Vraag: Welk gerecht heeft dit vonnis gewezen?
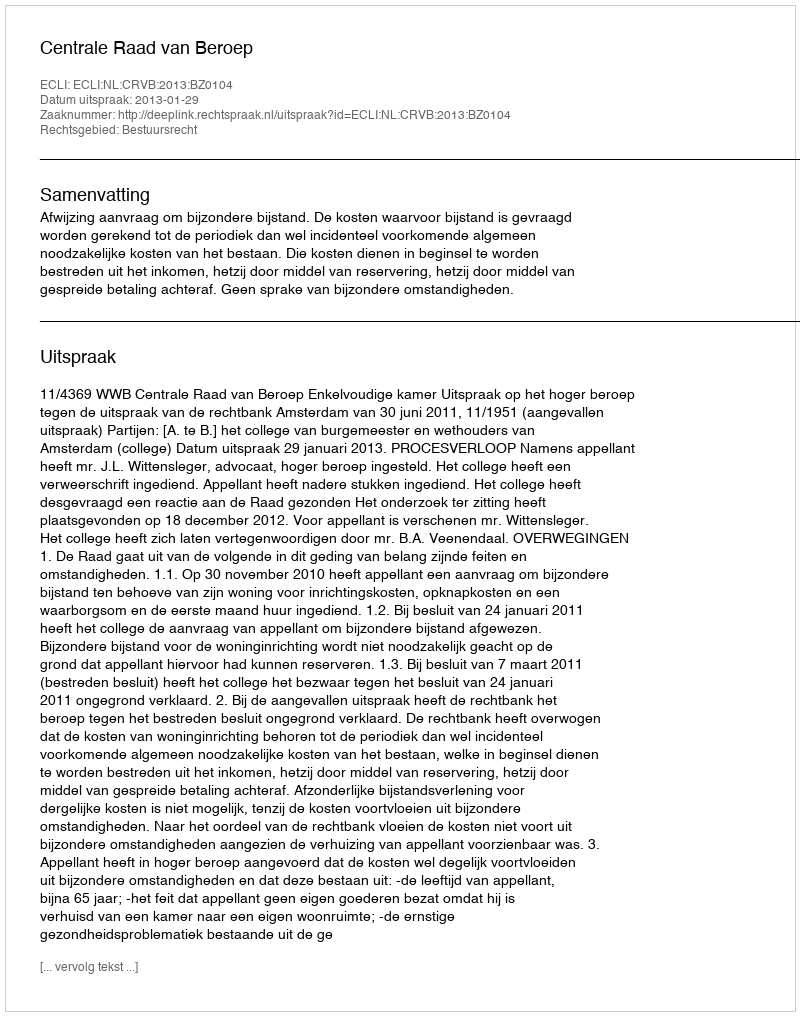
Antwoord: Centrale Raad van Beroep